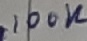
Text: 100K